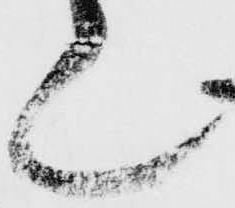
て